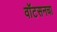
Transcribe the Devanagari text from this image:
वॉटसनचा